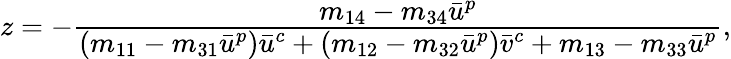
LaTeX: \begin{array}{r}{z=-\cfrac{m_{14}-m_{34}\bar{u}^{p}}{(m_{11}-m_{31}\bar{u}^{p})\bar{u}^{c}+(m_{12}-m_{32}\bar{u}^{p})\bar{v}^{c}+m_{13}-m_{33}\bar{u}^{p}},}\end{array}